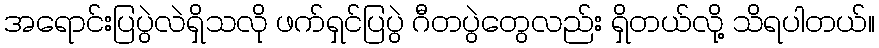
အရောင်းပြပွဲလဲရှိသလို ဖက်ရှင်ပြပွဲ ဂီတပွဲတွေလည်း ရှိတယ်လို့ သိရပါတယ်။